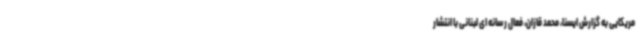
مریکایی به گزارش ایسنا، محمد قازان، فعال رسانه ای لبنانی با انتشار